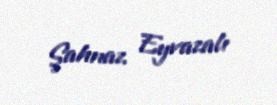
Şahnaz Eyvazalı